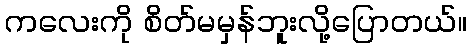
ကလေးကို စိတ်မမှန်ဘူးလို့ပြောတယ်။